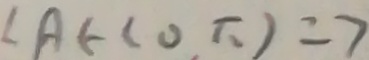
\angle A E ( 0 , \pi ) = 7